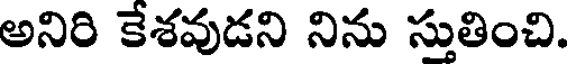
అనిరి కేశవుడని నిను స్తుతించి.